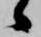
候